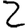
Digit: 2